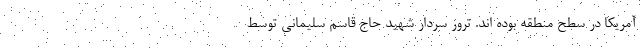
آمریکا در سطح منطقه بوده اند. ترور سردار شهید حاج قاسم سلیمانی توسط